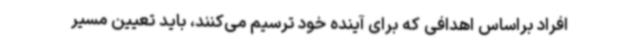
افراد براساس اهدافی که برای آینده خود ترسیم می‌کنند، باید تعیین مسیر